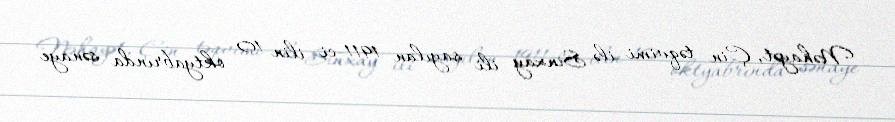
Nəhayət, Çin təqvimi ilə Sinxay ili sayılan 1911-ci ilin 10 oktyabrında sənaye